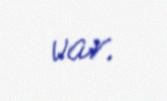
var.